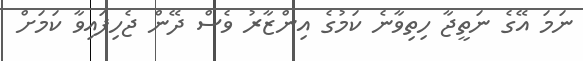
ނަމަ އޭގެ ނަތީޖާ ހިތިވާނެ ކަމުގެ އިންޒާރު ވެސް ދޭން ޖެހިފައިވާ ކަމަށް